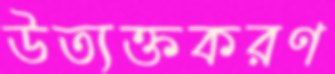
উত্যক্তকরণ